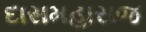
દાસમહારાજ